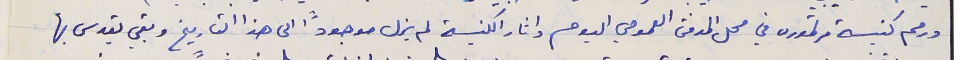
ورمم كنيسة مرتموره في محل المدفن العمومي اليوم واثار الكنيسة لم يزل موجودًا الى هذا التاريخ وبقي يقدس بها